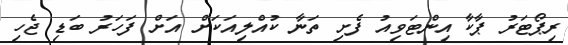
ރިޕޯޓަރު ޕާކާ އިންޓަވިއު ފެށި ތަނާ ކުއްލިއަކަށް އަށް ފަހަރު ބަޑި ޖެހި